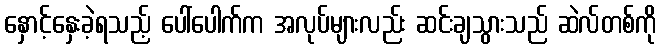
နှောင့်နှေးခဲ့ရသည့် ပေါ်ပေါက်က အလုပ်များလည်း ဆင်းချသွားသည် ဆဲလ်တစ်ကို